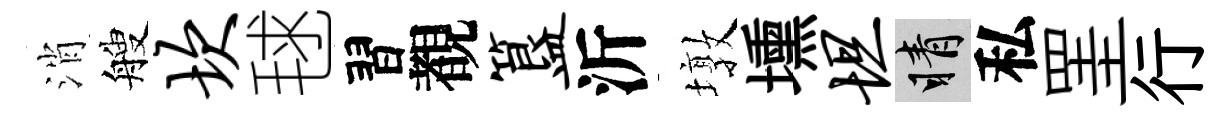
消艘坎毬習覩簋沂墩壎坦睛私罣行